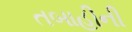
તબાહીની